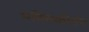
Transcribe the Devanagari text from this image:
भक्तिकीर्तन